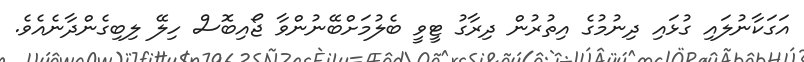
އަގަކާނުލައި ގުޅައި ދިނުމުގެ އިތުރުން ދިރާގު ޓީވީ ބެލުމަށްބޭނުންވާ ޖޯއިބޮސް ހިލޭ ލިބިގެންދާނެއެވެ.